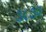
૩૮૭૨